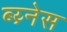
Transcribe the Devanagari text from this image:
ब्य्र्नेस